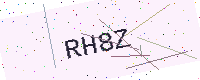
Text: RH8Z